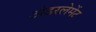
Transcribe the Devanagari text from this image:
अंडरलेमेंट